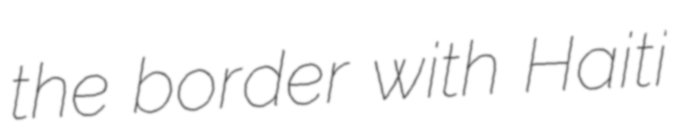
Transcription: the border with Haiti